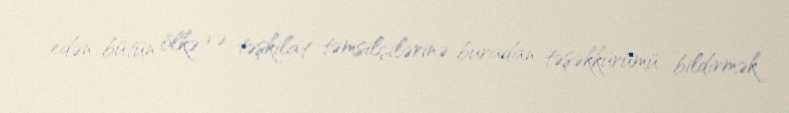
edən bütün ölkə və təşkilat təmsilçilərinə buradan təşəkkürümü bildirmək